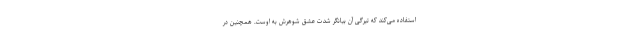
استفاده می‌کند که تیرگی آن بیانگر شدت عشق شوهرش به اوست. همچنین در